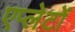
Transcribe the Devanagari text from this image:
एप्लेटों